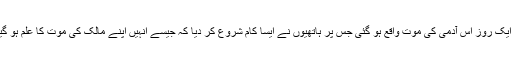
پھر ایک روز اس آدمی کی موت واقع ہو گئی جس پر ہاتھیوں نے ایسا کام شروع کر دیا کہ جیسے انہیں اپنے مالک کی موت کا علم ہو گیا ہو۔